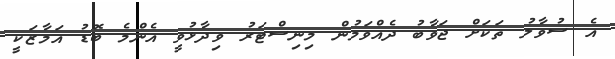
އެ ސުވާލު ތަކަށް ޖަވާބު ދެއްވަމުން މިނިސްޓަރު ވިދާޅުވީ އެންމެ ބޮޑު އަމާޒަކީ